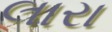
લારા